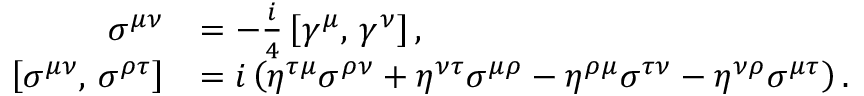
{ \begin{array} { r l } { \sigma ^ { \mu \nu } } & { = - { \frac { i } { 4 } } \left[ \gamma ^ { \mu } , \, \gamma ^ { \nu } \right] , } \\ { \left[ \sigma ^ { \mu \nu } , \, \sigma ^ { \rho \tau } \right] } & { = i \left( \eta ^ { \tau \mu } \sigma ^ { \rho \nu } + \eta ^ { \nu \tau } \sigma ^ { \mu \rho } - \eta ^ { \rho \mu } \sigma ^ { \tau \nu } - \eta ^ { \nu \rho } \sigma ^ { \mu \tau } \right) . } \end{array} }